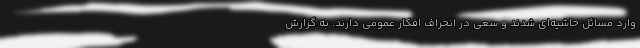
وارد مسائل حاشیه‌ای شدند و سعی در انحراف افکار عمومی دارند. به گزارش